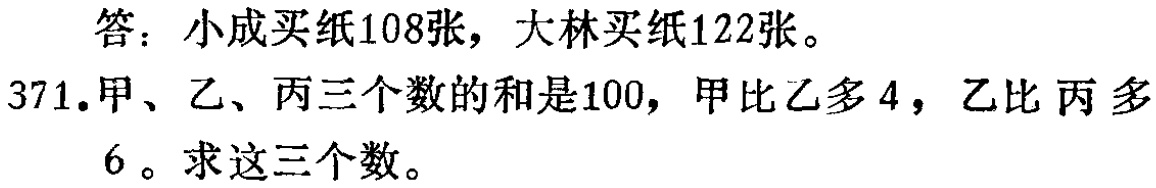
答：小成买纸108张，大林买纸122张。
371.甲、乙、丙三个数的和是100，甲比乙多4，乙比丙多
6。求这三个数。